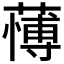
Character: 𮑺